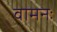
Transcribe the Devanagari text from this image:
वामनः